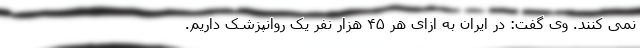
نمی کنند. وی گفت: در ایران به ازای هر ۴۵ هزار نفر یک روانپزشک داریم.